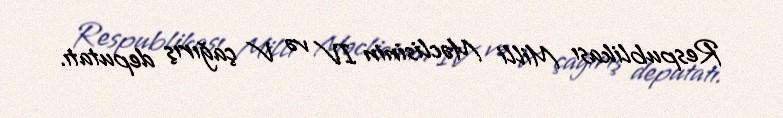
Respublikası Milli Məclisinin IV və V çağırış deputatı.